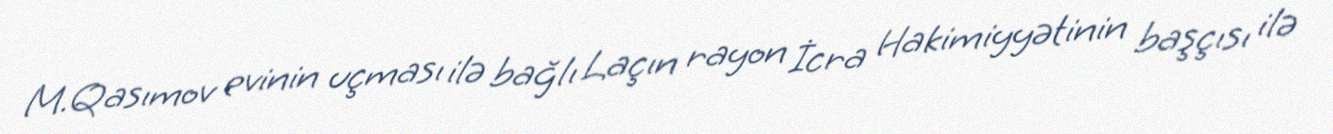
M.Qasımov evinin uçması ilə bağlı Laçın rayon İcra Hakimiyyətinin başçısı ilə